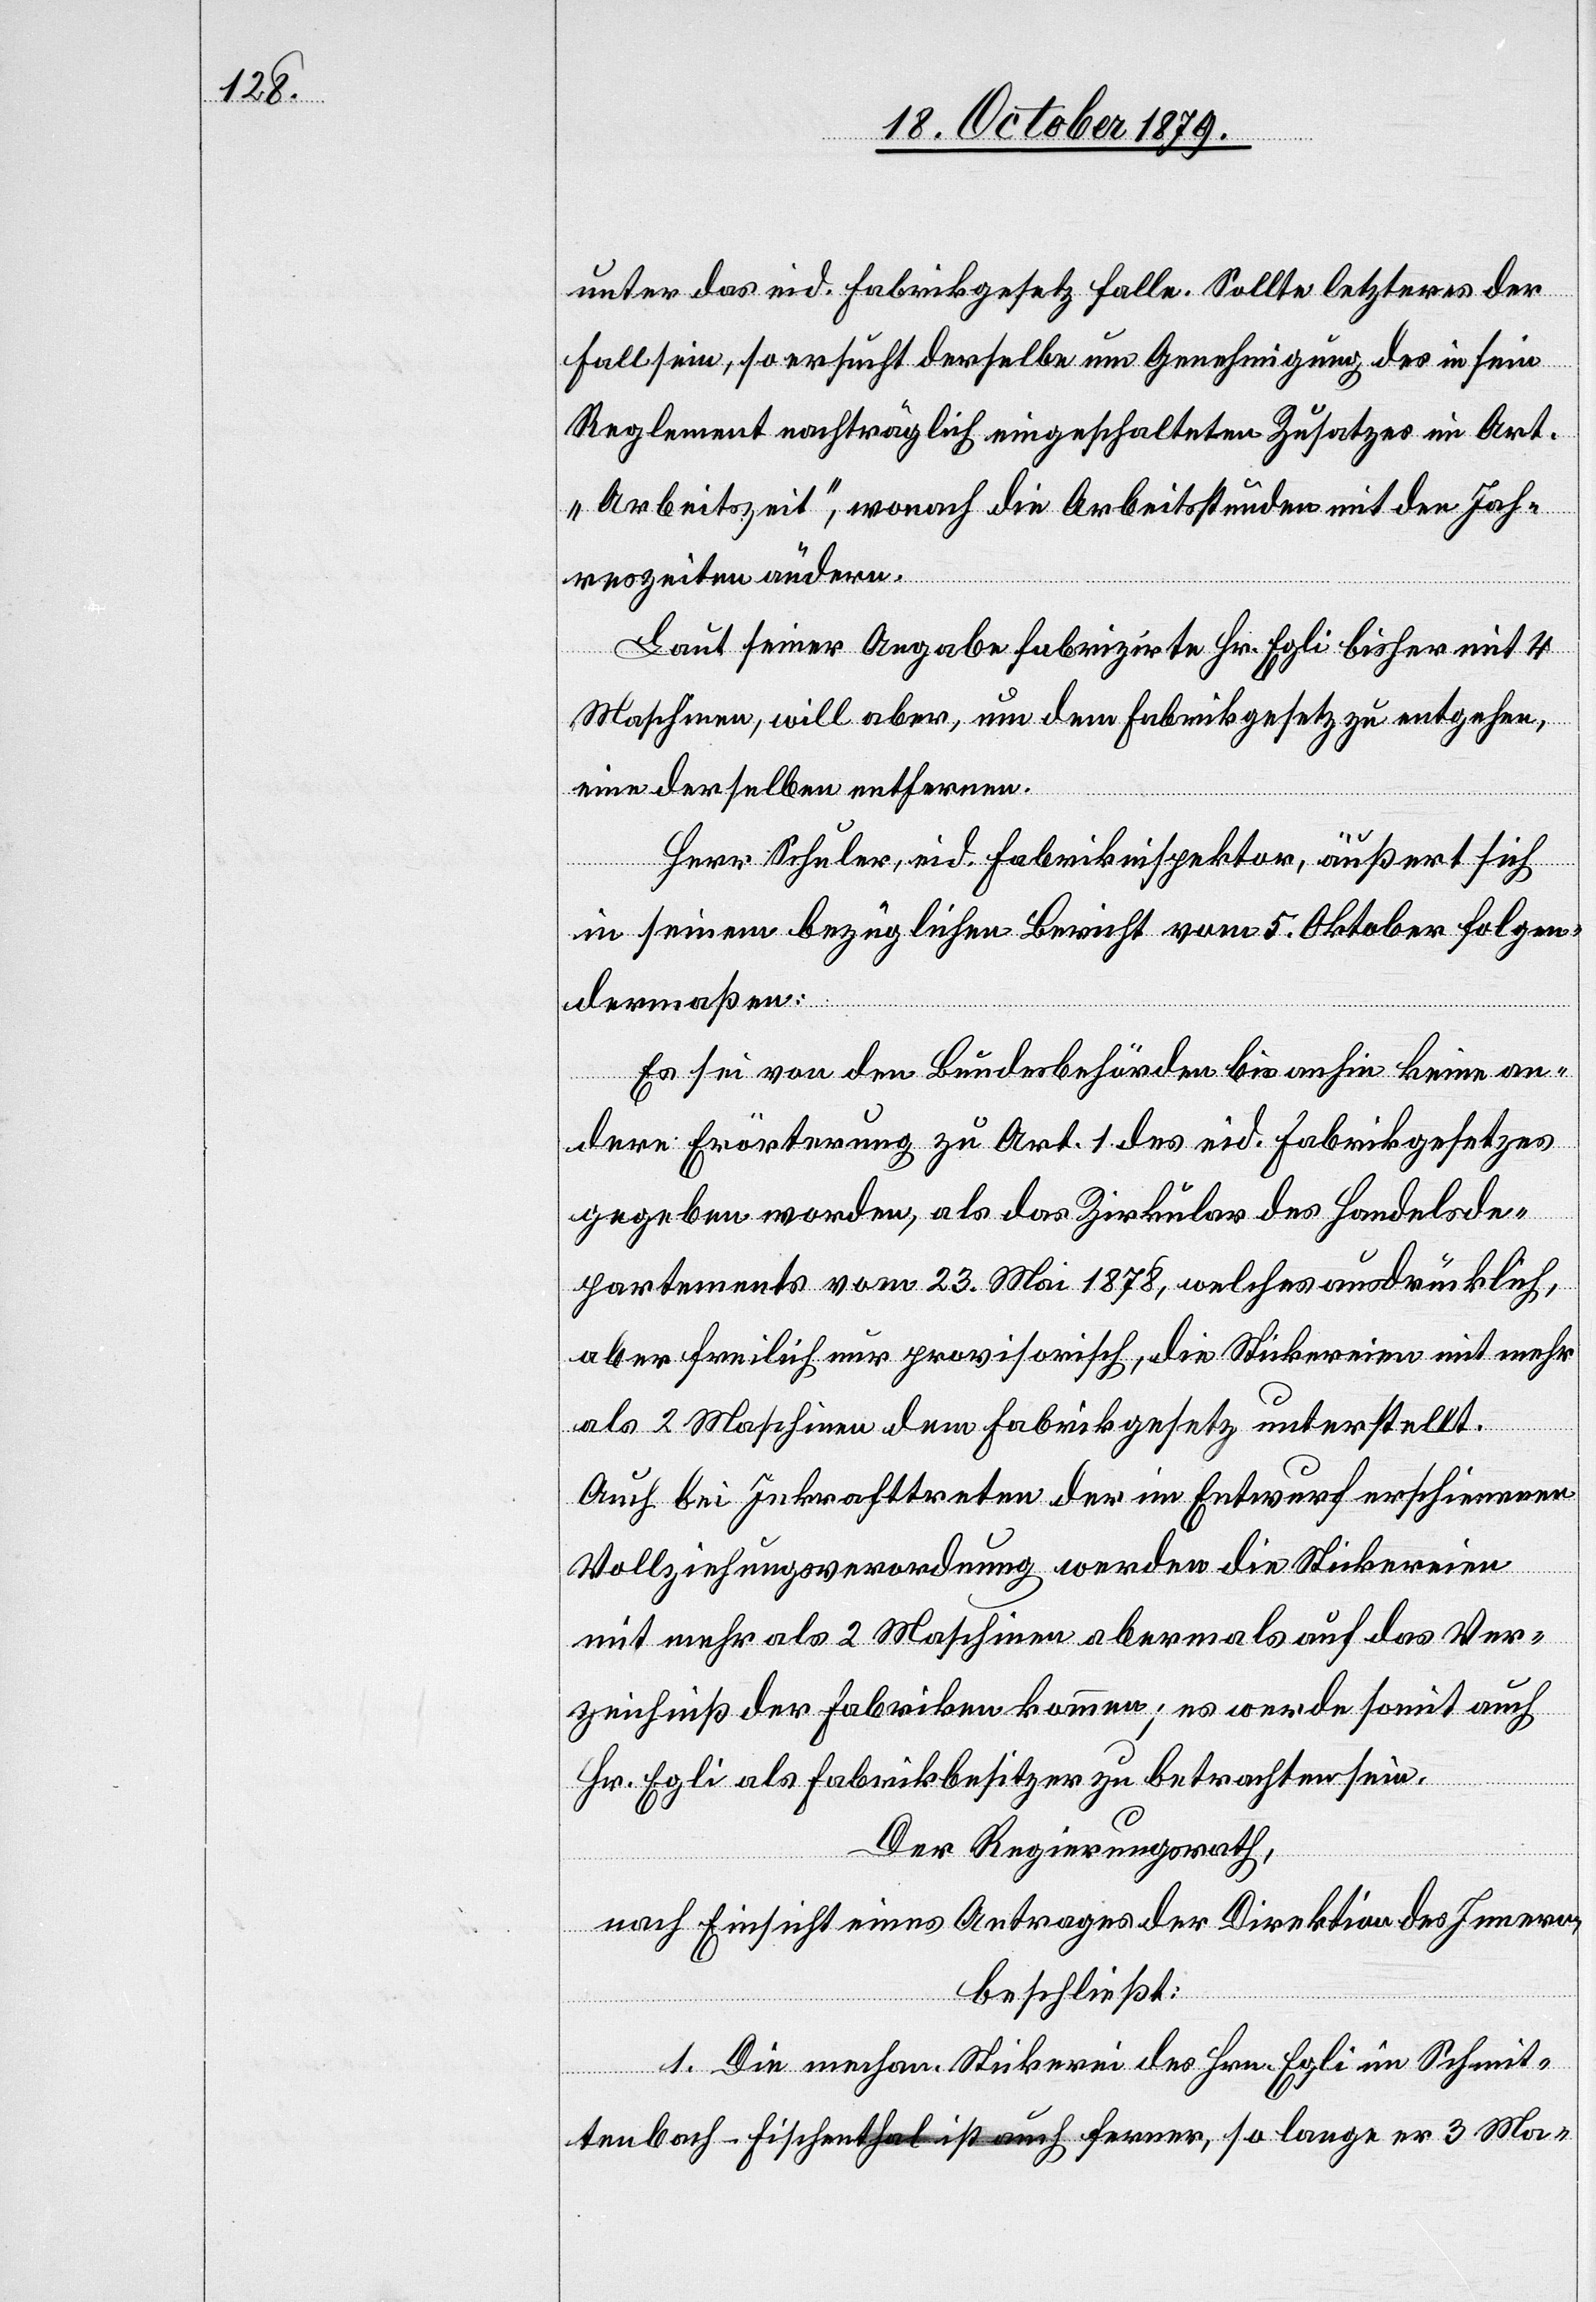
unter das eid. Fabrikgesetz falle. Sollte letzteres der
Fall sein, so ersucht derselbe um Genehmigung des in sein
Reglement nachträglich eingeschalteten Zusatzes nr’ Art.
„Arbeitszeit“, wonach die Arbeitsstunden mit den Jah¬
reszeiten ändern.
Laut seiner Angabe fabrizirte Hr. Egli bisher mit 4
Maschinen, will aber, um dem Fabrikgesetz zu entgehen,
eine derselben entfernen.
Herr Schuler, eid. Fabrikinspektor, äußert such
in seinem bezüglichen Bericht vom 5. Oktober folgen¬
dermaßen:
Es sei von den Bundesbehörden bis anhin keine an¬
dere Erörterung zu Art. 1 des eid. Fabrikgesetzes
gegeben worden, als das Zirkular des Handelsde¬
partements vom 23. Mai 1878, welches ausdrücklich,
aber freilich nur provisorisch, die Stickereien mit mehr
als 2 Maschinen dem Fabrikgesetz unterstellt.
Auch bei Inkrafttreten der im Entwurf erschienenen
Vollziehungsverordnung werden die Stickereien
mit mehr als 2 Maschinen abermals auf das Ver¬
zeichnis der Fabriken kommen; es werde somit auch
Hr. Egli als Fabrikbesitzer zu betrachten sein.
Der Regierungsrath,
nach Einsicht eines Antrages der Direktion des Innern,
beschließt:
1. Die mechan. Stickerei des Hrn. Egli im Schmit¬
tenbach - Fischenthal ist auch ferner, so lange er 3 Ma-